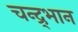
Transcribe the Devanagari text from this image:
चन्द्र्भान